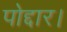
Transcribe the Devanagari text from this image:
पोद्दार।